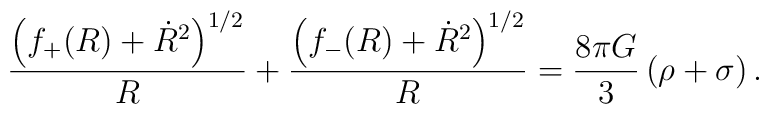
\frac{\left(f_+(R)+\dot{R}^2\right)^{1/2}}{R}+\frac{\left(f_-(R)+\dot{R}^2\right)^{1/2}}{R}=\frac{8\pi G}{3}\,(\rho+\sigma)\,.